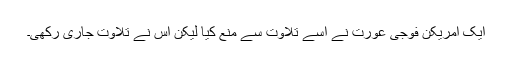
ایک امریکن فوجی عورت نے اسے تلاوت سے منع کیا لیکن اس نے تلاوت جاری رکھی۔